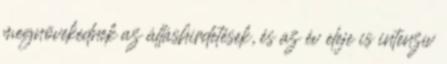
megnövekednek az álláshirdetések, és az év eleje is intenzív